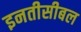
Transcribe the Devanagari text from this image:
इनतीसीबल